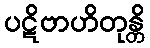
ပဋိဗာဟိတုန္တိ